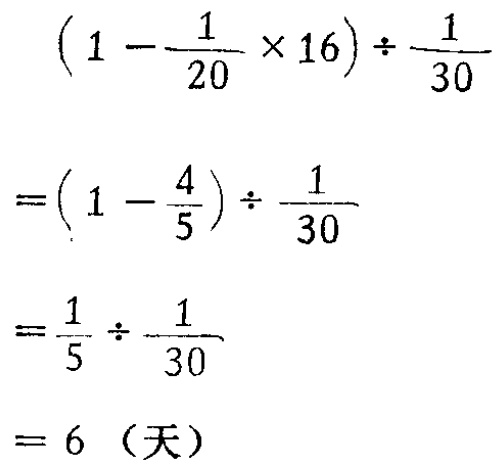
\((1 - \frac{1}{20} \times 16) \div \frac{1}{30}\)

\(=(1 - \frac{4}{5}) \div \frac{1}{30}\)

\(=\frac{1}{5} \div \frac{1}{30}\)

\(= 6\)（天）